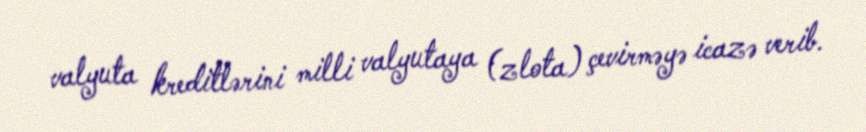
valyuta kreditlərini milli valyutaya (zlota) çevirməyə icazə verib.